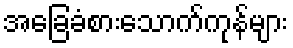
အခြေခံစားသောက်ကုန်များ